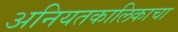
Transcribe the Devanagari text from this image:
अनियतकालिकाचा